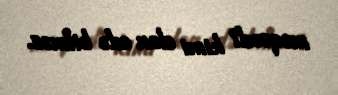
məqsədi kimi elan edə bilməz.